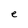
Character: e